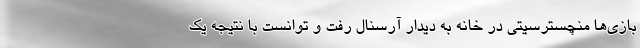
بازی‌ها منچسترسیتی در خانه به دیدار آرسنال رفت و توانست با نتیجه یک